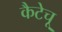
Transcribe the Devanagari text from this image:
कैटेचू